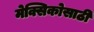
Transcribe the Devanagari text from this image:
मेक्सिकोसाठी